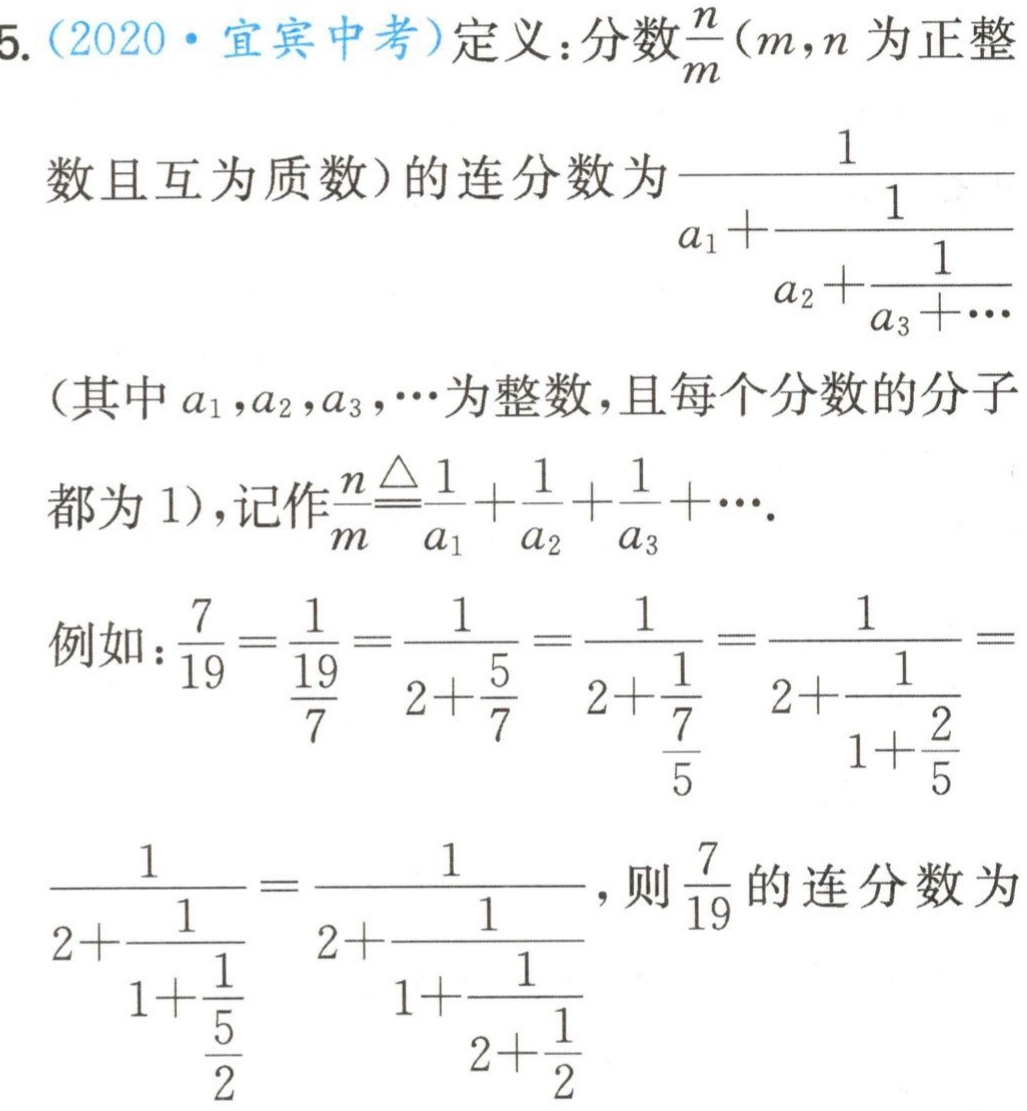
5. (2020·宜宾中考)定义：分数$\frac{n}{m}(m,n$为正整
数且互为质数)的连分数为$\frac{1}{a_{1}+\frac{1}{a_{2}+\frac{1}{a_{3}+\cdots}}}$
(其中$a_{1},a_{2},a_{3},\cdots$为整数，且每个分数的分子
都为 1),记作$\frac{n}{m}\triangleq\frac{1}{a_{1}}+\frac{1}{a_{2}}+\frac{1}{a_{3}}+\cdots$.
例如：$\frac{7}{19}=\frac{1}{\frac{19}{7}}=\frac{1}{2 + \frac{5}{7}}=\frac{1}{2+\frac{1}{\frac{7}{5}}}=\frac{1}{2+\frac{1}{1+\frac{2}{5}}}$
$=\frac{1}{2+\frac{1}{1+\frac{1}{\frac{5}{2}}}}=\frac{1}{2+\frac{1}{1+\frac{1}{2+\frac{1}{2}}}}$, 则$\frac{7}{19}$的连分数为